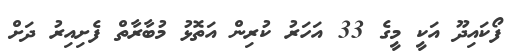
ފޯކައިދޫ އަކީ މީގެ 33 އަހަރު ކުރިން އަތޮޅު މުބާރާތް ފެށިއިރު ދަށް